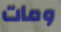
ومات